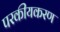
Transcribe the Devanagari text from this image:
परकीयकरण